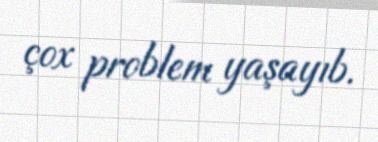
çox problem yaşayıb.